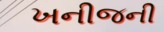
ખનીજની